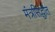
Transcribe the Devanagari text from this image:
मंत्रसिद्धांत